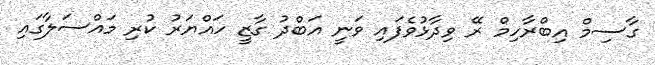
ގާސިމް އިބްރާހިމް ރޭ ވިދާޅުވެފައި ވަނީ އަބްދު ގާޒީ ހައްޔަރު ކުރި މައްސަލާގައި